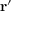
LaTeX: \mathbf { r ^ { \prime } }